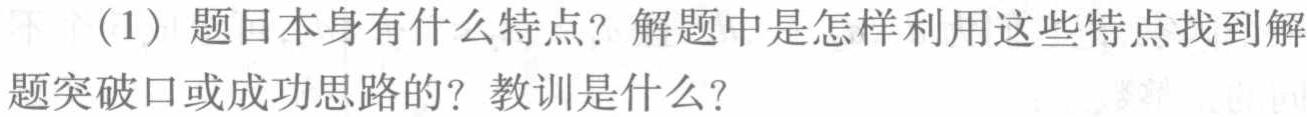
（1）题目本身有什么特点？解题中是怎样利用这些特点找到解
题突破口或成功思路的？教训是什么？